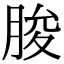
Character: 脧